Materia medica of Madras volume I
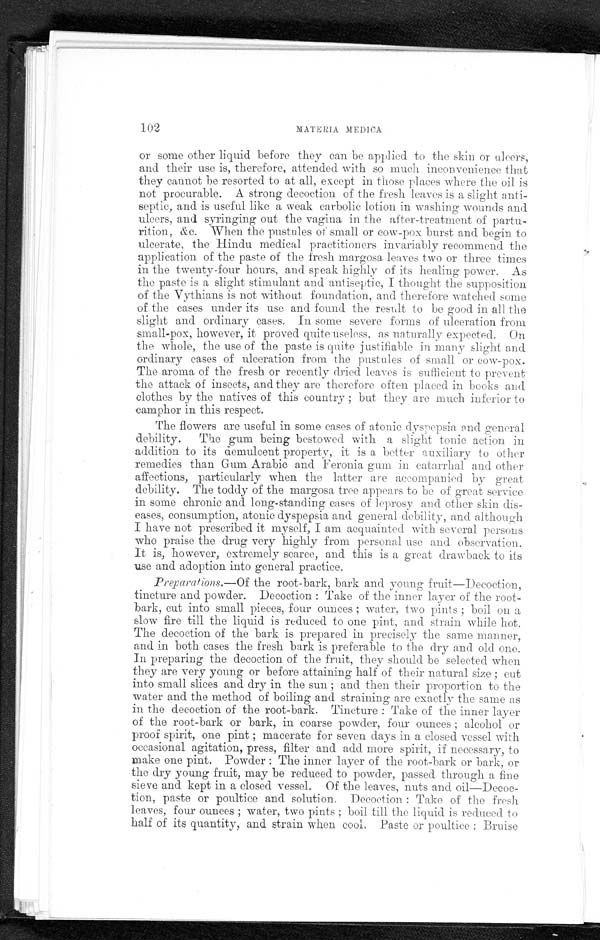
102
MATERIA MEDICA
or some other liquid before they can be applied to the skin or ulcers,
and their use is, therefore, attended with so much inconvenience that
they cannot be resorted to at all, except in those places where the oil is
not procurable. A strong decoction of the fresh leaves is a slight anti-
septic, and is useful like a weak carbolic lotion in washing wounds and
ulcers, and syringing out the vagina in the after-treatment of partu-
rition, &e. When the pustules of small or cow-pox burst and begin to
ulcerate, the Hindu medical practitioners invariably recommend the
application of the paste of the fresh margosa leaves two or three times
in the twenty-four hours, and speak highly of its healing power. As
the paste is a slight stimulant and antiseptic, I thought the supposition
of the Vythians is not without foundation, and therefore watched some
of the cases under its use and found the result to be good in all the
slight and ordinary cases. In some severe forms of ulceration from
small-pox, however, it proved quite useless, as naturally expected. On
the whole, the use of the paste is quite justifiable in many slight and
ordinary cases of ulceration from the pustules of small or cow-pox.
The aroma of the fresh or recently dried leaves is sufficient to prevent
the attack of insects, and they are therefore often placed in books and
clothes by the natives of this country ; but they are much inferior to
camphor in this respect.
The flowers are useful in some cases of atonic dyspepsia end general
debility. The gum being bestowed with a slight tonic action in
addition to its demulcent property, it is a better auxiliary to other
remedies than Gum Arabic and Feronia gum in catarrhal and other
affections, particularly when the latter are accompanied by great
debility. The toddy of the margosa tree appears to be of great service
in some chronic and long-standing cases of leprosy and other skin dis-
eases, consumption, atonic dyspepsia and general debility, and although
I have not prescribed it myself, I am acquainted with several persons
who praise the drug very highly from personal use and observation.
It is, however, extremely scarce, and this is a great drawback to its
use and adoption into general practice.
Preparations.—Of the root-bark, bark and young fruit—Decoction,
tincture and powder. Decoction : Take of the inner layer of the root-
bark, cut into small pieces, four ounces ; water, two pints ; boil on a
slow fire till the liquid is reduced to one pint, and strain while hot.
The decoction of the bark is prepared in precisely the same manner,
and in both cases the fresh bark is preferable to the dry and old one.
In preparing the decoction of the fruit, they should be selected when
they are very young or before attaining half of their natural size ; cut
into small slices and dry in the sun ; and then their proportion to the
water and the method of boiling and straining are exactly the same as
in the decoction of the root-bark. Tincture : Take of the inner layer
of the root-bark or bark, in coarse powder, four ounces ; alcohol or
proof spirit, one pint ; macerate for seven days in a closed vessel with
occasional agitation, press, filter and add more spirit, if necessary, to
make one pint. Powder : The inner layer of the root-bark or bark, or
the dry young fruit, may be reduced to powder, passed through a fine
sieve and kept in a closed vessel. Of the leaves, nuts and oil—Decoc-
tion, paste or poultice and solution. Decoetion : Take of the fresh
leaves, four ounces ; water, two pints ; boil till the liquid is reduced to
half of its quantity, and strain when cool. Paste or poultice : Bruise